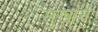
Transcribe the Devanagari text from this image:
सुखानं